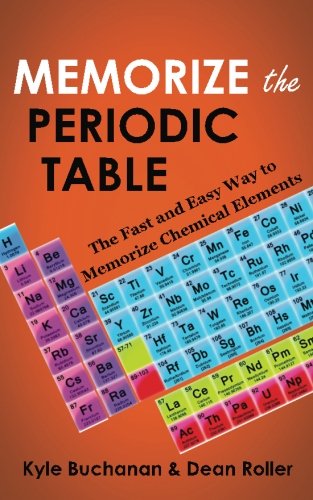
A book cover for Memorize the Periodic Table: The Fast and Easy Way to Memorize Chemical Elements; Kyle Buchanan; Science & Math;